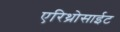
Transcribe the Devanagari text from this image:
एरिथ्रोसाईट